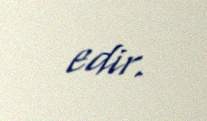
edir.